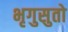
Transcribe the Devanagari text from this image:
भृगुसुतो